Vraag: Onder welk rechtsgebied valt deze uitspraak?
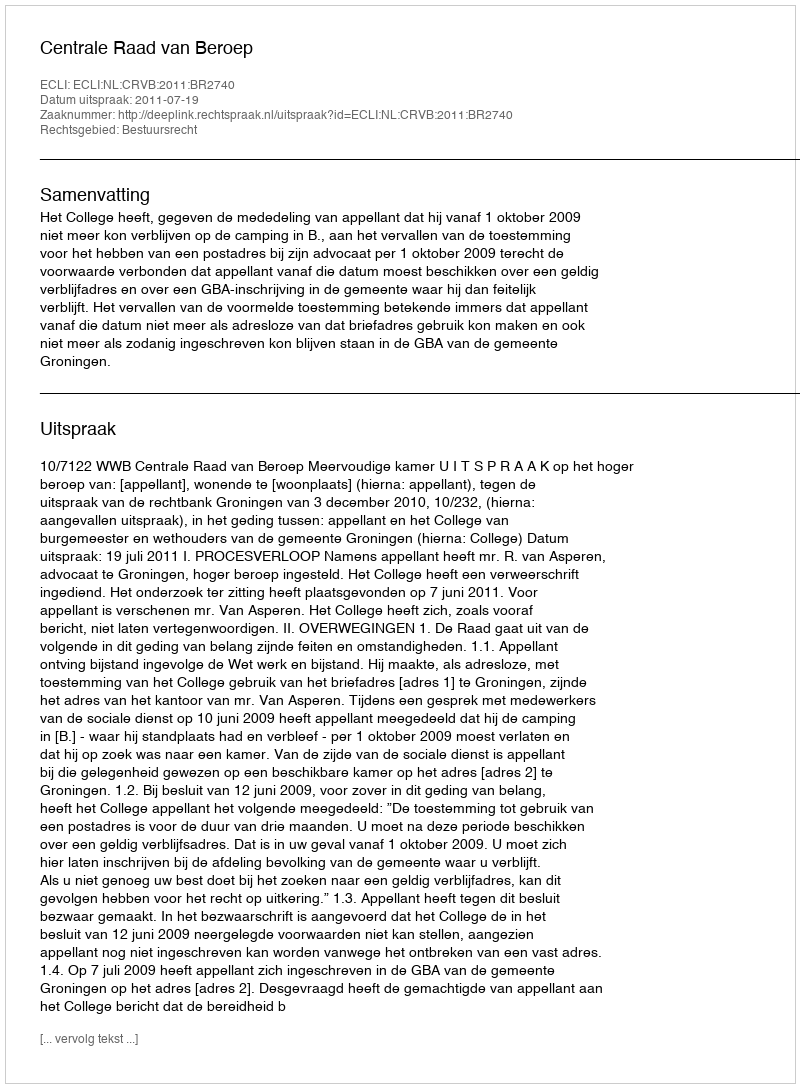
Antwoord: Bestuursrecht